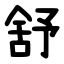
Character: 舒